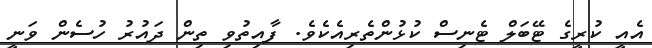
އެއީ ކުރީގެ ޓޭބަލް ޓެނިސް ކުޅުންތެރިއެކެވެ. ފާއިތުވި ތިން ދައުރު ހުސެން ވަނީ